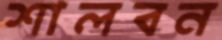
শালবন